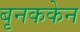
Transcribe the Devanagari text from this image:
बृनककेन